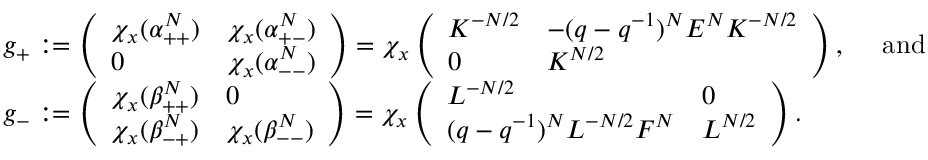
\begin{array} { r l } { } & { g _ { + } : = \left( \begin{array} { l l } { \chi _ { x } ( \alpha _ { + + } ^ { N } ) } & { \chi _ { x } ( \alpha _ { + - } ^ { N } ) } \\ { 0 } & { \chi _ { x } ( \alpha _ { -- } ^ { N } ) } \end{array} \right) = \chi _ { x } \left( \begin{array} { l l } { K ^ { - N / 2 } } & { - ( q - q ^ { - 1 } ) ^ { N } E ^ { N } K ^ { - N / 2 } } \\ { 0 } & { K ^ { N / 2 } } \end{array} \right) , \quad \mathrm { ~ a n d ~ } } \\ { } & { g _ { - } : = \left( \begin{array} { l l } { \chi _ { x } ( \beta _ { + + } ^ { N } ) } & { 0 } \\ { \chi _ { x } ( \beta _ { - + } ^ { N } ) } & { \chi _ { x } ( \beta _ { -- } ^ { N } ) } \end{array} \right) = \chi _ { x } \left( \begin{array} { l l } { L ^ { - N / 2 } } & { 0 } \\ { ( q - q ^ { - 1 } ) ^ { N } L ^ { - N / 2 } F ^ { N } } & { L ^ { N / 2 } } \end{array} \right) . } \end{array}